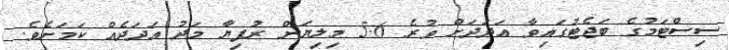
ސިސްޓަމުގެ ބަޖެޓުގައިވާ އަދަދަށް ވުރެ 5.6 މިލިޔަން ރުފިޔާ މަދު އަދަދެއް ކަމަށެވެ.